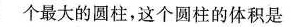
个最大的圆柱，这个圆柱的体积是